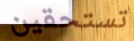
تستحقين